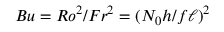
B u = R o ^ { 2 } / F r ^ { 2 } = ( N _ { 0 } h / f \ell ) ^ { 2 }